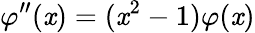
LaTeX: \varphi^{\prime\prime}(\mathit{x})=(\mathit{x}^{2}-1)\varphi(\mathit{x})